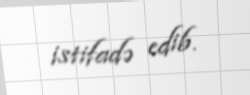
istifadə edib.